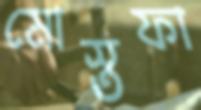
মোস্তফা